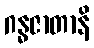
ဂန္ဓဇာတာနိ